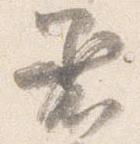
着